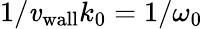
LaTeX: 1/{\mathit{v}_{\mathrm{{wall}}}}k_{0}=1/\omega_{0}